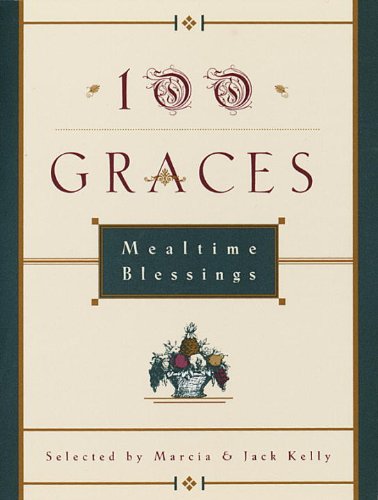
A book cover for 100 Graces: Mealtime Blessings; Marcia M. Kelly; Religion & Spirituality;